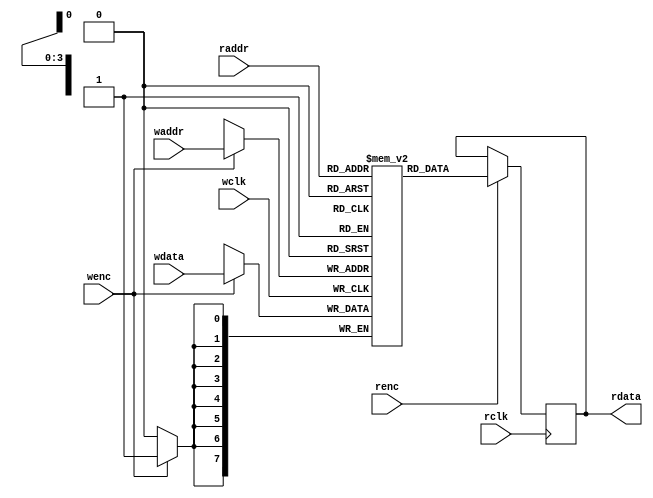
`timescale 1ns/1ns

/***************************************RAM*****************************************/
module dual_port_RAM #(parameter DEPTH = 16,  parameter WIDTH = 8)
(
	 input wclk	,
	 input wenc	,
	 input [$clog2(DEPTH)-1:0] waddr  ,
	 input [WIDTH-1:0] wdata ,
	 input rclk	,
	 input renc	,
	 input [$clog2(DEPTH)-1:0] raddr ,
	 output reg [WIDTH-1:0] rdata 		
);

reg [WIDTH-1:0] RAM_MEM [0:DEPTH-1];

always @(posedge wclk) begin
	if(wenc)
		RAM_MEM[waddr] = wdata;
end 

always @(posedge rclk) begin
	if(renc)
		rdata = RAM_MEM[raddr];
end 

endmodule  


/**************************************AFIFO*****************************************/
module asyn_fifo#(
	parameter	WIDTH = 8,
	parameter 	DEPTH = 16
)(
	input 					wclk	, 
	input 					rclk	,   
	input 					wrstn	,
	input					rrstn	,
	input 					winc	,
	input 			 		rinc	,
	input 		[WIDTH-1:0]	wdata	,

	output wire				wfull	,
	output wire				rempty	,
	output wire [WIDTH-1:0]	rdata
);

parameter ADDR_WIDTH = $clog2(DEPTH);


reg 	[ADDR_WIDTH:0]	waddr_bin;
reg 	[ADDR_WIDTH:0]	raddr_bin;

always @(posedge wclk or negedge wrstn) begin
	if(~wrstn) begin
		waddr_bin <= 'd0;
	end 
	else if(!wfull && winc)begin
		waddr_bin <= waddr_bin + 1'd1;
	end
end
always @(posedge rclk or negedge rrstn) begin
	if(~rrstn) begin
		raddr_bin <= 'd0;
	end 
	else if(!rempty && rinc)begin
		raddr_bin <= raddr_bin + 1'd1;
	end
end

wire 	[ADDR_WIDTH:0]	waddr_gray;
wire 	[ADDR_WIDTH:0]	raddr_gray;
reg 	[ADDR_WIDTH:0]	wptr;
reg 	[ADDR_WIDTH:0]	rptr;
assign waddr_gray = waddr_bin ^ (waddr_bin>>1);
assign raddr_gray = raddr_bin ^ (raddr_bin>>1);
always @(posedge wclk or negedge wrstn) begin 
	if(~wrstn) begin
		wptr <= 'd0;
	end 
	else begin
		wptr <= waddr_gray;
	end
end
always @(posedge rclk or negedge rrstn) begin 
	if(~rrstn) begin
		rptr <= 'd0;
	end 
	else begin
		rptr <= raddr_gray;
	end
end

reg		[ADDR_WIDTH:0]	wptr_buff;
reg		[ADDR_WIDTH:0]	wptr_syn;
reg		[ADDR_WIDTH:0]	rptr_buff;
reg		[ADDR_WIDTH:0]	rptr_syn;
always @(posedge wclk or negedge wrstn) begin 
	if(~wrstn) begin
		rptr_buff <= 'd0;
		rptr_syn <= 'd0;
	end 
	else begin
		rptr_buff <= rptr;
		rptr_syn <= rptr_buff;
	end
end
always @(posedge rclk or negedge rrstn) begin 
	if(~rrstn) begin
		wptr_buff <= 'd0;
		wptr_syn <= 'd0;
	end 
	else begin
		wptr_buff <= wptr;
		wptr_syn <= wptr_buff;
	end
end

assign wfull = (wptr == {~rptr_syn[ADDR_WIDTH:ADDR_WIDTH-1],rptr_syn[ADDR_WIDTH-2:0]});
assign rempty = (rptr == wptr_syn);

/***********RAM*********/
wire 	wen	;
wire	         ren	;
wire 	wren;//high write
wire [ADDR_WIDTH-1:0]	waddr;
wire [ADDR_WIDTH-1:0]	raddr;
assign wen = winc & !wfull;
assign ren = rinc & !rempty;
assign waddr = waddr_bin[ADDR_WIDTH-1:0];
assign raddr = raddr_bin[ADDR_WIDTH-1:0];

dual_port_RAM #(.DEPTH(DEPTH),
				.WIDTH(WIDTH)
)dual_port_RAM(
	.wclk (wclk),  
	.wenc (wen),  
	.waddr(waddr[ADDR_WIDTH-1:0]),  //The depth is logarithmic to 2 to get the bit width of the address
	.wdata(wdata),       	//data_write
	.rclk (rclk), 
	.renc (ren), 
	.raddr(raddr[ADDR_WIDTH-1:0]),   
	.rdata(rdata)  		
);

endmodule